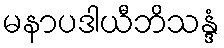
မနာပဒါယီဘိသန္ဒံ